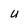
Character: u